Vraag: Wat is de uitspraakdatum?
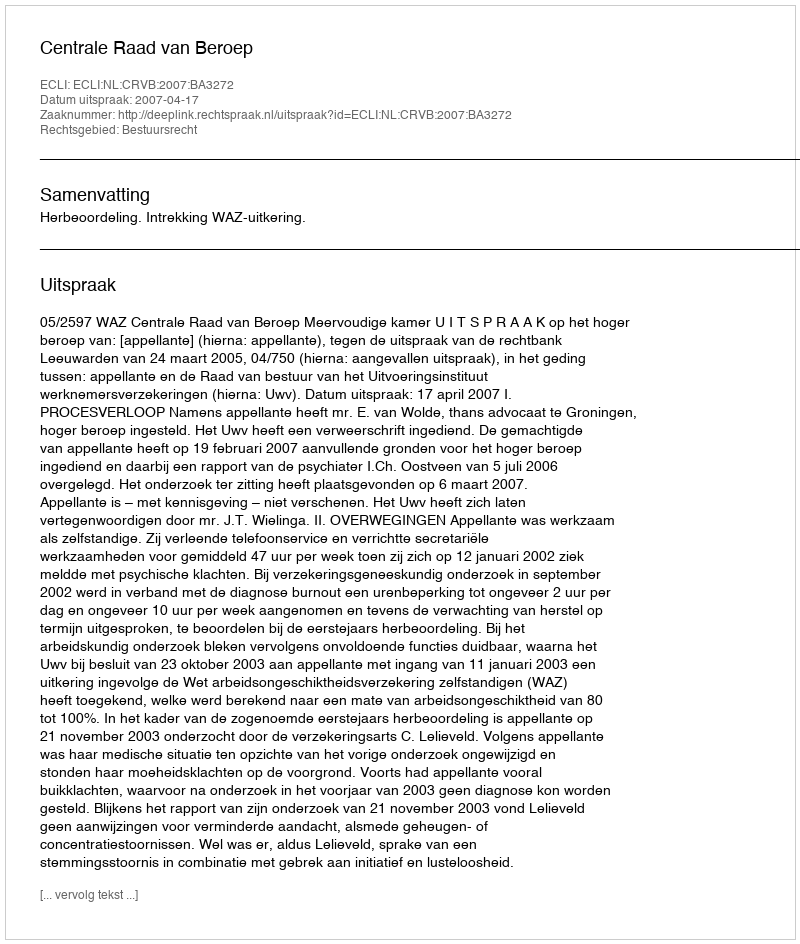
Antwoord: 2007-04-17